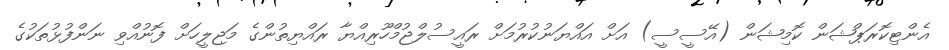
އެންޓިކޮރަޕްޝަން ކޮމިޝަން (އޭސީސީ) އަށް އައްޔަނުކުރުމަށް ރައީސުލްޖުމްހޫރިއްޔާ ރައްޔިތުންގެ މަޖިލީހަށް ފޮނުއްވި ނަންފުޅުތަކުގެ